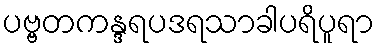
ပဗ္ဗတကန္ဒရပဒရသာခါပရိပူရာ